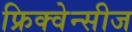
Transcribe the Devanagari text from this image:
फ्रिक्वेन्सीज